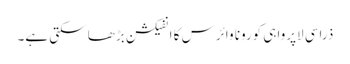
ذراسی لاپرواہی کورونا وائرس کا انفیکشن بڑھا سکتی ہے۔